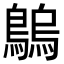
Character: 𪄝